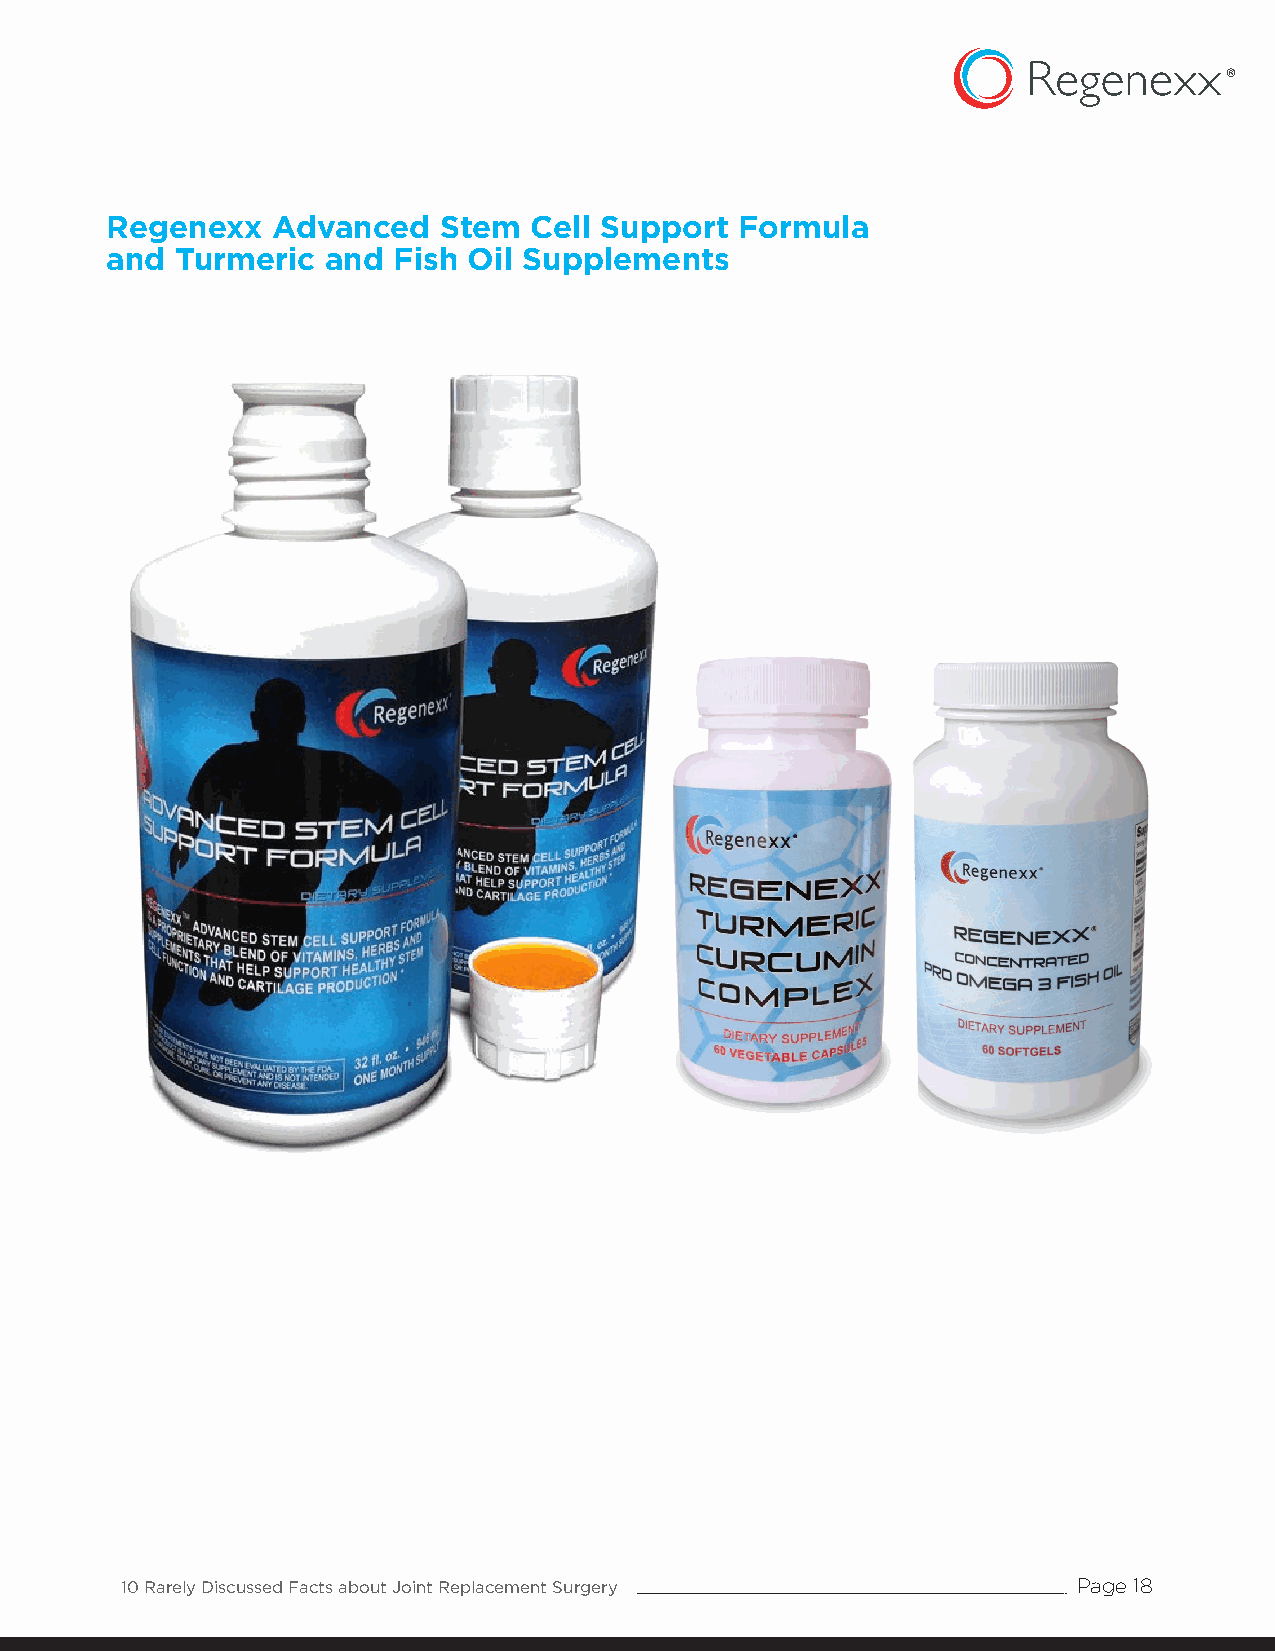
Regenexx   Advanced   Stem  Cell Support  Formula
 and  Turmeric and  Fish Oil Supplements
 10 Rarely Discussed Facts about Joint Replacement Surgery      Page 18